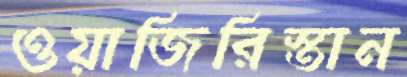
ওয়াজিরিস্তান